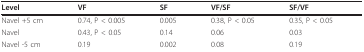
| Level | VF | SF | VF/SF | SF/VF |
 | --- | --- | --- | --- | --- |
 | Navel +5 cm | 0.74, P < 0.005 | 0.005 | 0.38, P < 0.05 | 0.35, P < 0.05 |
 | Navel | 0.43, P < 0.05 | 0.14 | 0.06 | 0.03 |
 | Navel -5 cm | 0.19 | 0.002 | 0.08 | 0.19 |